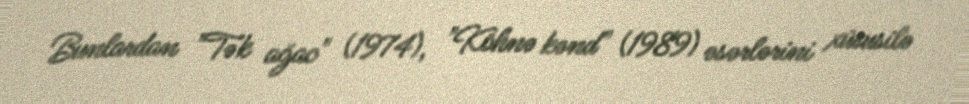
Bunlardan "Tək ağac" (1974), "Köhnə kənd" (1989) əsərlərini xüsusilə